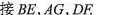
接BE，AG，DF；